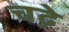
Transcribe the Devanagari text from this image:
चढे़